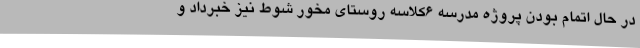
در حال اتمام بودن پروژه مدرسه 6کلاسه روستای مخور شوط نیز خبرداد و